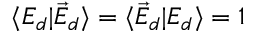
\langle { \cal E } _ { d } | { \cal \vec { E } } _ { d } \rangle = \langle { \cal \vec { E } } _ { d } | { \cal E } _ { d } \rangle = 1